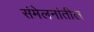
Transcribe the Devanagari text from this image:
संमेलनांतील